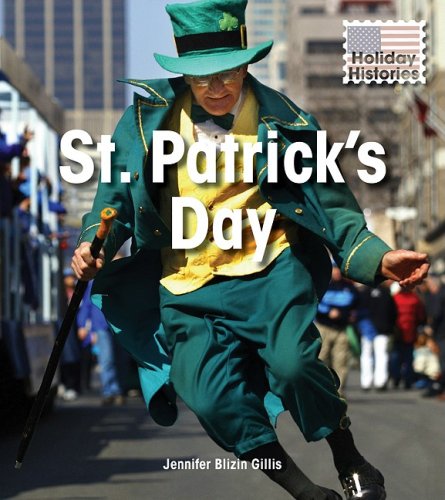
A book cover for St. Patrick's Day (Holiday Histories); Jennifer Blizin Gillis; Children's Books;